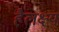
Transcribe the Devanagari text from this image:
हैलक्ष्य